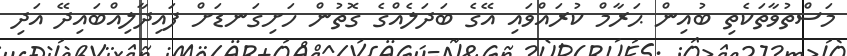
މަސްތުވާތަކެތި ބުއިން ޙަރާމް ކުރައްވައި އޭގެ ބަދަލެއްގެ ގޮތުން ހަށިގަނޑަށް ފައިދާލިއްބައިދޭ އަދި